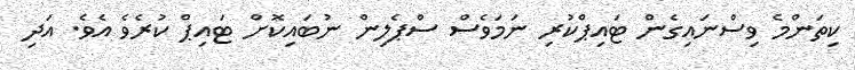
ކިތަންމެ ވިސްނައިގެން ޓައިޕްކުރި ނަމަވެސް ސްޕެލިން ނުބައިކޮށް ޓައިޕް ކުރެވެ އެވެ. އަދި